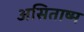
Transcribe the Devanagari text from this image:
असिताष्म